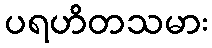
ပရဟိတသမား